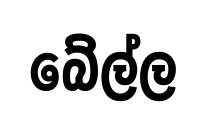
බේල්ල